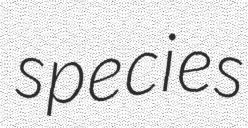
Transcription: species